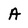
Character: A